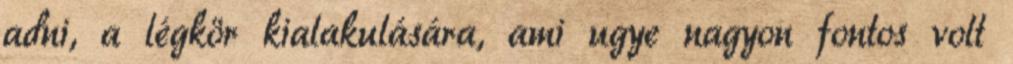
adni, a légkör kialakulására, ami ugye nagyon fontos volt